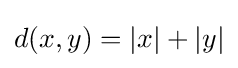
d(x,y)=\left|x\right|+\left|y\right|